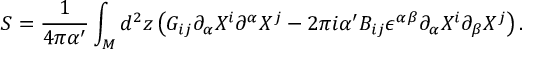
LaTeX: S = \frac { 1 } { 4 \pi \alpha ^ { \prime } } \int _ { \cal M } d ^ { 2 } z \left( G _ { i j } \partial _ { \alpha } X ^ { i } \partial ^ { \alpha } X ^ { j } - 2 \pi i \alpha ^ { \prime } B _ { i j } \epsilon ^ { \alpha \beta } \partial _ { \alpha } X ^ { i } \partial _ { \beta } X ^ { j } \right) .